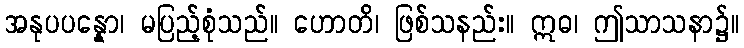
အနုပပန္နော၊ မပြည့်စုံသည်။ ဟောတိ၊ ဖြစ်သနည်း။ ဣဓ၊ ဤသာသနာ၌။